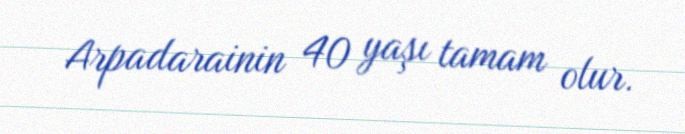
Arpadarainin 40 yaşı tamam olur.